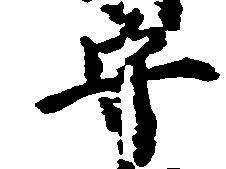
守